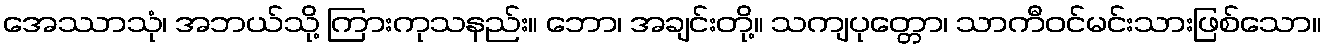
အေဿာသုံ၊ အဘယ်သို့ ကြားကုသနည်း။ ဘော၊ အချင်းတို့။ သကျပုတ္တော၊ သာကီဝင်မင်းသားဖြစ်သော။